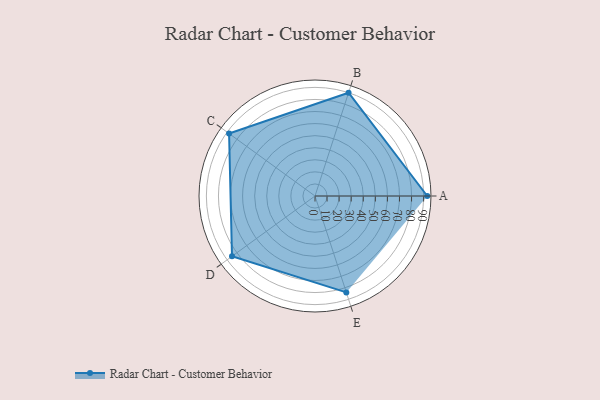
{"axis": {"x": "Skill", "y": "Score"}, "legend": ["Profile"], "data": [{"x": "A", "y": 93.0, "type": "Profile"}, {"x": "B", "y": 90.0, "type": "Profile"}, {"x": "C", "y": 88.0, "type": "Profile"}, {"x": "D", "y": 85.0, "type": "Profile"}, {"x": "E", "y": 84.0, "type": "Profile"}]}